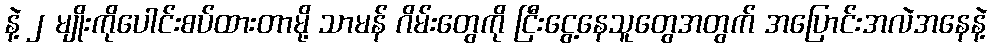
နဲ့ ၂ မျိုးကိုပေါင်းစပ်ထားတာမို့ သာမန် ဂိမ်းတွေကို ငြီးငွေ့နေသူတွေအတွက် အပြောင်းအလဲအနေနဲ့